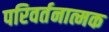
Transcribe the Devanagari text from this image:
परिवर्तनात्मक